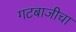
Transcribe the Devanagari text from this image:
गटबाजीचा